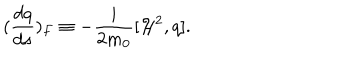
( \frac { d q } { d s } ) _ { F } \equiv - \frac { i } { 2 m _ { 0 } } [ { \cal H } ^ { 2 } , q ] .